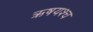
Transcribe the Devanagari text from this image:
ऋषयश्च